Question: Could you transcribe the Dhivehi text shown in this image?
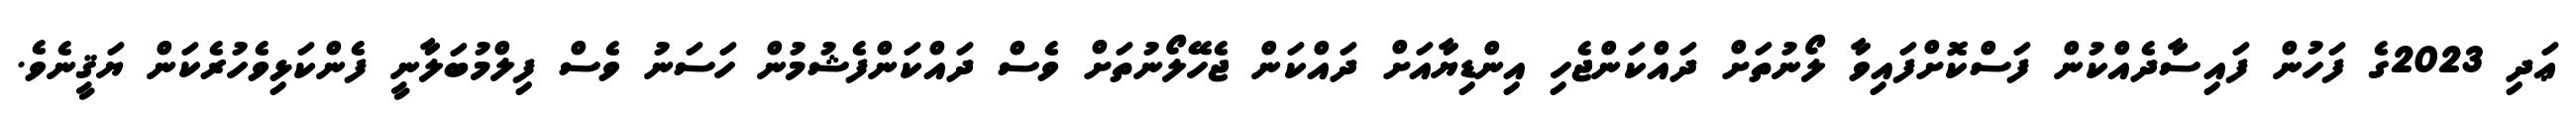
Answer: ޢަދި 2023ގެ ފަހުން ފައިސާދެއްކުން ފަސްކޮށްފައިވާ ލޯނުތަށް ދައްކަންޖެހި އިންޑިޔާއަށް ދައްކަން ޖެހޭލޯނުތަށް ވެސް ދައްކަންފެޝުމުން ހަސަނު ވެސް ފިލްމުބަލާނީ ފެންކަޅިވެހުރެކަން ޔަޤީނެވެ.